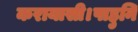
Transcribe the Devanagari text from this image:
करायासी।पाहुनि